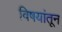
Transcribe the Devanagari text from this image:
विषयांतून